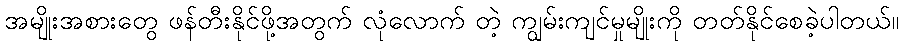
အမျိုးအစားတွေ ဖန်တီးနိုင်ဖို့အတွက် လုံလောက် တဲ့ ကျွမ်းကျင်မှုမျိုးကို တတ်နိုင်စေခဲ့ပါတယ်။